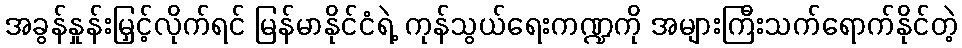
အခွန်နှုန်းမြှင့်လိုက်ရင် မြန်မာနိုင်ငံရဲ့ ကုန်သွယ်ရေးကဏ္ဍကို အများကြီးသက်ရောက်နိုင်တဲ့